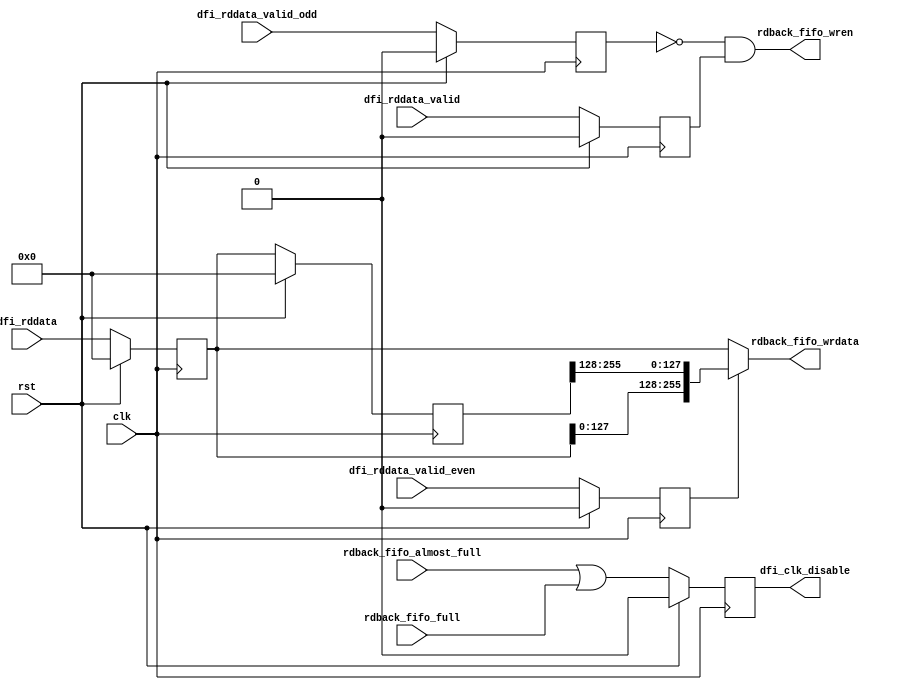
module read_capturer #(parameter DQ_WIDTH = 64) (
	input clk,
	input rst,
	
	//DFI Interface
	input  [4*DQ_WIDTH-1:0] dfi_rddata,
	input                   dfi_rddata_valid,
	input							dfi_rddata_valid_even,
	input							dfi_rddata_valid_odd,
	output						dfi_clk_disable,
	
	//FIFO interface
	input rdback_fifo_almost_full,
	input rdback_fifo_full,
	output rdback_fifo_wren,
	output[4*DQ_WIDTH-1:0] rdback_fifo_wrdata
);

	reg[4*DQ_WIDTH-1:0] rd_data_r, rd_data_r2;
	reg rd_data_en_r, rd_data_en_even_r, rd_data_en_odd_r;
	reg rdback_fifo_full_r;
	
	always@(posedge clk) begin
		if(rst) begin
			rd_data_r <= 0;
			rd_data_r2 <= 0;
			rd_data_en_r <= 0;
			rd_data_en_even_r <= 0;
			rd_data_en_odd_r <= 0;
			rdback_fifo_full_r <= 0;
		end
		else begin
			rd_data_r <= dfi_rddata;
			rd_data_r2 <= rd_data_r;
			rd_data_en_r <= dfi_rddata_valid;
			rd_data_en_even_r <= dfi_rddata_valid_even;
			rd_data_en_odd_r <= dfi_rddata_valid_odd;
			
			rdback_fifo_full_r <= rdback_fifo_almost_full | rdback_fifo_full;
		end
	end
	
	assign rdback_fifo_wren = ~rd_data_en_odd_r & rd_data_en_r;
	assign rdback_fifo_wrdata = rd_data_en_even_r ? {rd_data_r[DQ_WIDTH*2 - 1:0], rd_data_r2[DQ_WIDTH*2 +: DQ_WIDTH*2]} : rd_data_r;
	
	assign dfi_clk_disable = rdback_fifo_full_r;

endmodule